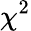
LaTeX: \chi^{2}